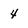
Character: 4